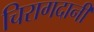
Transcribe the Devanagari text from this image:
चिरागदानी